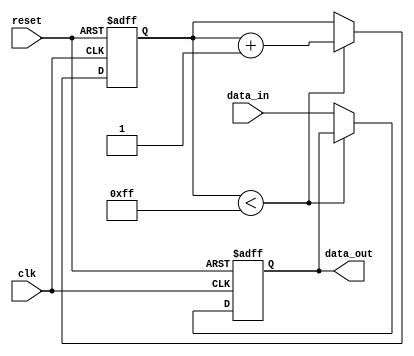
module latch_delay (
    input wire clk,            // Clock signal
    input wire reset,          // Reset signal
    input wire data_in,        // Input data signal
    output reg data_out        // Output data signal
);

reg [7:0] delay_counter;       // Delay counter

always @ (posedge clk or posedge reset) begin
    if (reset) begin
        data_out <= 1'b0;     // Reset output data signal
        delay_counter <= 8'h00; // Reset delay counter
    end else begin
        if (delay_counter < 8'hFF) begin
            delay_counter <= delay_counter + 1; // Increment delay counter
        end else begin
            data_out <= data_in; // Output delayed data
        end
    end
end

endmodule